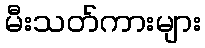
မီးသတ်ကားများ